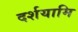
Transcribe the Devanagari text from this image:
दर्शयामि